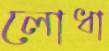
লোধা